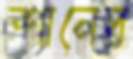
শানের